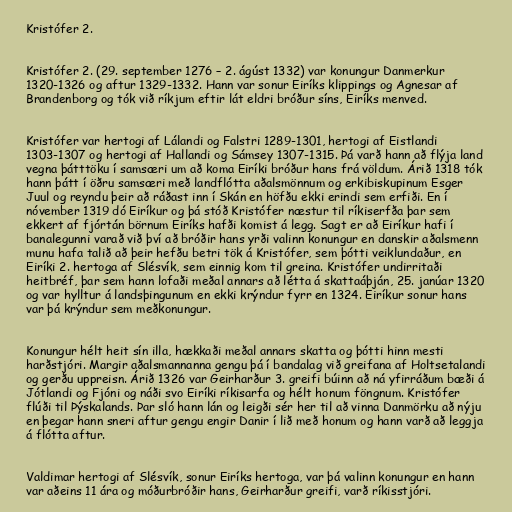
Kristófer 2.

Kristófer 2. (29. september 1276 – 2. ágúst 1332) var konungur Danmerkur
1320-1326 og aftur 1329-1332. Hann var sonur Eiríks klippings og Agnesar af
Brandenborg og tók við ríkjum eftir lát eldri bróður síns, Eiríks menved.

Kristófer var hertogi af Lálandi og Falstri 1289-1301, hertogi af Eistlandi
1303-1307 og hertogi af Hallandi og Sámsey 1307-1315. Þá varð hann að flýja land
vegna þátttöku í samsæri um að koma Eiríki bróður hans frá völdum. Árið 1318 tók
hann þátt í öðru samsæri með landflótta aðalsmönnum og erkibiskupinum Esger
Juul og reyndu þeir að ráðast inn í Skán en höfðu ekki erindi sem erfiði. En í
nóvember 1319 dó Eiríkur og þá stóð Kristófer næstur til ríkiserfða þar sem
ekkert af fjórtán börnum Eiríks hafði komist á legg. Sagt er að Eiríkur hafi í
banalegunni varað við því að bróðir hans yrði valinn konungur en danskir aðalsmenn
munu hafa talið að þeir hefðu betri tök á Kristófer, sem þótti veiklundaður, en
Eiríki 2. hertoga af Slésvík, sem einnig kom til greina. Kristófer undirritaði
heitbréf, þar sem hann lofaði meðal annars að létta á skattaáþján, 25. janúar 1320
og var hylltur á landsþingunum en ekki krýndur fyrr en 1324. Eiríkur sonur hans
var þá krýndur sem meðkonungur.

Konungur hélt heit sín illa, hækkaði meðal annars skatta og þótti hinn mesti
harðstjóri. Margir aðalsmannanna gengu þá í bandalag við greifana af Holtsetalandi
og gerðu uppreisn. Árið 1326 var Geirharður 3. greifi búinn að ná yfirráðum bæði á
Jótlandi og Fjóni og náði svo Eiríki ríkisarfa og hélt honum föngnum. Kristófer
flúði til Þýskalands. Þar sló hann lán og leigði sér her til að vinna Danmörku að nýju
en þegar hann sneri aftur gengu engir Danir í lið með honum og hann varð að leggja
á flótta aftur.

Valdimar hertogi af Slésvík, sonur Eiríks hertoga, var þá valinn konungur en hann
var aðeins 11 ára og móðurbróðir hans, Geirharður greifi, varð ríkisstjóri.